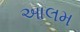
આલમ